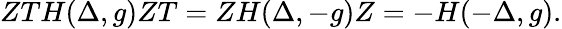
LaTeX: ZTH(\Delta,g)ZT=ZH(\Delta,-g)Z=-H(-\Delta,g).